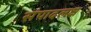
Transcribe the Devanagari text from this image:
संपादलक्ष